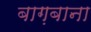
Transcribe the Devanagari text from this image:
बाग़बाना